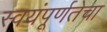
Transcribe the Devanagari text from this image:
स्वयंपूर्णतेचा